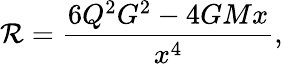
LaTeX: \mathcal{R}=\frac{{6{Q}^{2}G^{2}-4GMx}}{{x^{4}}},